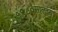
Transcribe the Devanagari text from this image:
१९८०सालच्या